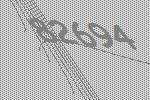
82694